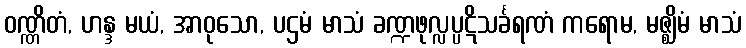
ဝဏ္ဏိတံ, ဟန္ဒ မယံ, အာဝုသော, ပဌမံ မာသံ ခဏ္ဍဖုလ္လပ္ပဋိသင်္ခရဏံ ကရောမ, မဇ္ဈိမံ မာသံ